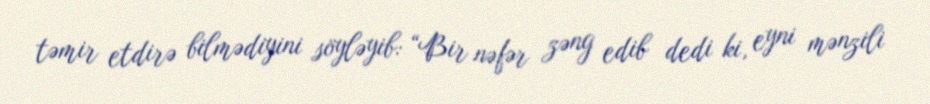
təmir etdirə bilmədiyini söyləyib: “Bir nəfər zəng edib dedi ki, eyni mənzili